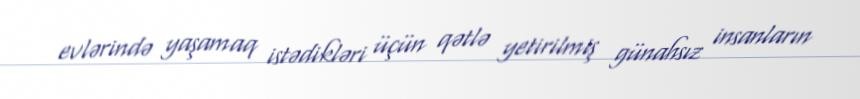
evlərində yaşamaq istədikləri üçün qətlə yetirilmiş günahsız insanların